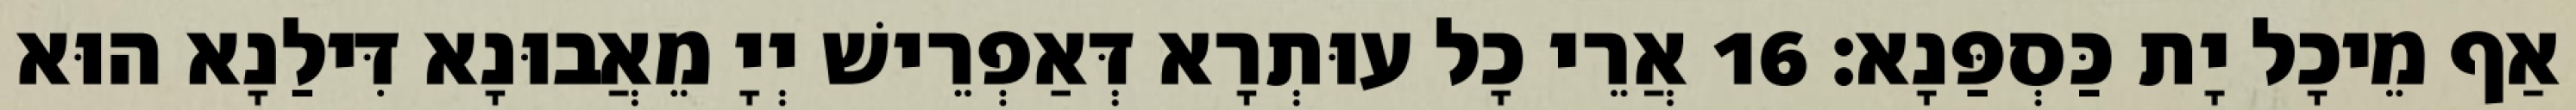
אַף מֵיכָל יָת כַּסְפַּנָא׃ 16 אֲרֵי כָל עוּתְרָא דְּאַפְרֵישׁ יְיָ מֵאֲבוּנָא דִּילַנָא הוּא